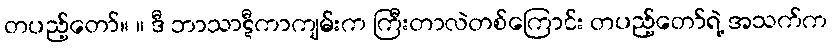
တပည့်တော်။ ။ ဒီ ဘာသာဋီကာကျမ်းက ကြီးတာလဲတစ်ကြောင်း တပည့်တော်ရဲ့ အသက်က